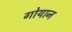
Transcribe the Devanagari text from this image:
गोयान